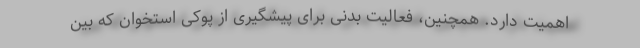
اهمیت دارد. همچنین، فعالیت بدنی برای پیشگیری از پوکی استخوان که بین